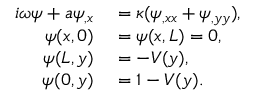
\begin{array} { r l } { i \omega \psi + a \psi _ { , x } } & { { } = \kappa ( \psi _ { , x x } + \psi _ { , y y } ) , } \\ { \psi ( x , 0 ) } & { { } = \psi ( x , L ) = 0 , } \\ { \psi ( L , y ) } & { { } = - V ( y ) , } \\ { \psi ( 0 , y ) } & { { } = 1 - V ( y ) . } \end{array}